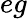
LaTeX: eg